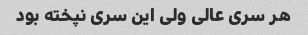
هر سری عالی ولی این سری نپخته بود